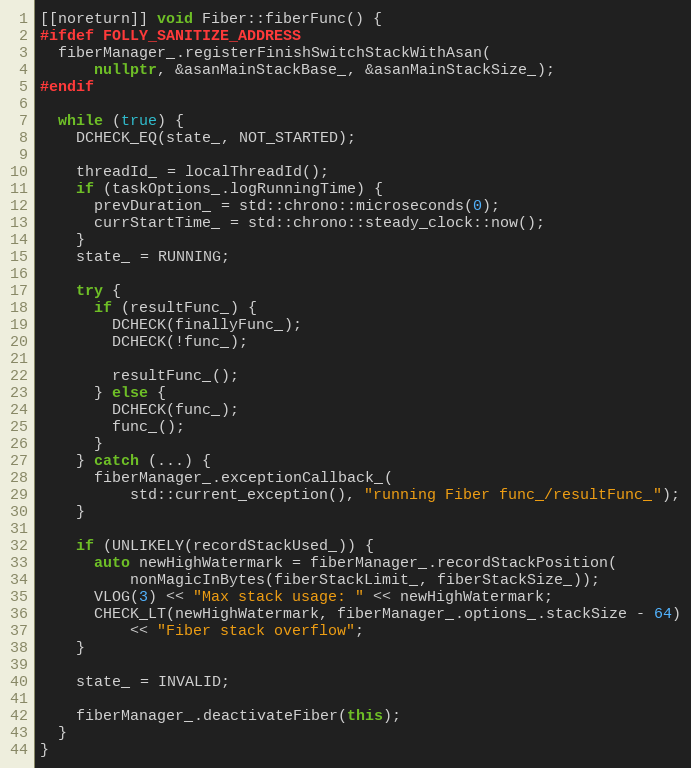
Language: C++
[[noreturn]] void Fiber::fiberFunc() {
#ifdef FOLLY_SANITIZE_ADDRESS
  fiberManager_.registerFinishSwitchStackWithAsan(
      nullptr, &asanMainStackBase_, &asanMainStackSize_);
#endif

  while (true) {
    DCHECK_EQ(state_, NOT_STARTED);

    threadId_ = localThreadId();
    if (taskOptions_.logRunningTime) {
      prevDuration_ = std::chrono::microseconds(0);
      currStartTime_ = std::chrono::steady_clock::now();
    }
    state_ = RUNNING;

    try {
      if (resultFunc_) {
        DCHECK(finallyFunc_);
        DCHECK(!func_);

        resultFunc_();
      } else {
        DCHECK(func_);
        func_();
      }
    } catch (...) {
      fiberManager_.exceptionCallback_(
          std::current_exception(), "running Fiber func_/resultFunc_");
    }

    if (UNLIKELY(recordStackUsed_)) {
      auto newHighWatermark = fiberManager_.recordStackPosition(
          nonMagicInBytes(fiberStackLimit_, fiberStackSize_));
      VLOG(3) << "Max stack usage: " << newHighWatermark;
      CHECK_LT(newHighWatermark, fiberManager_.options_.stackSize - 64)
          << "Fiber stack overflow";
    }

    state_ = INVALID;

    fiberManager_.deactivateFiber(this);
  }
}